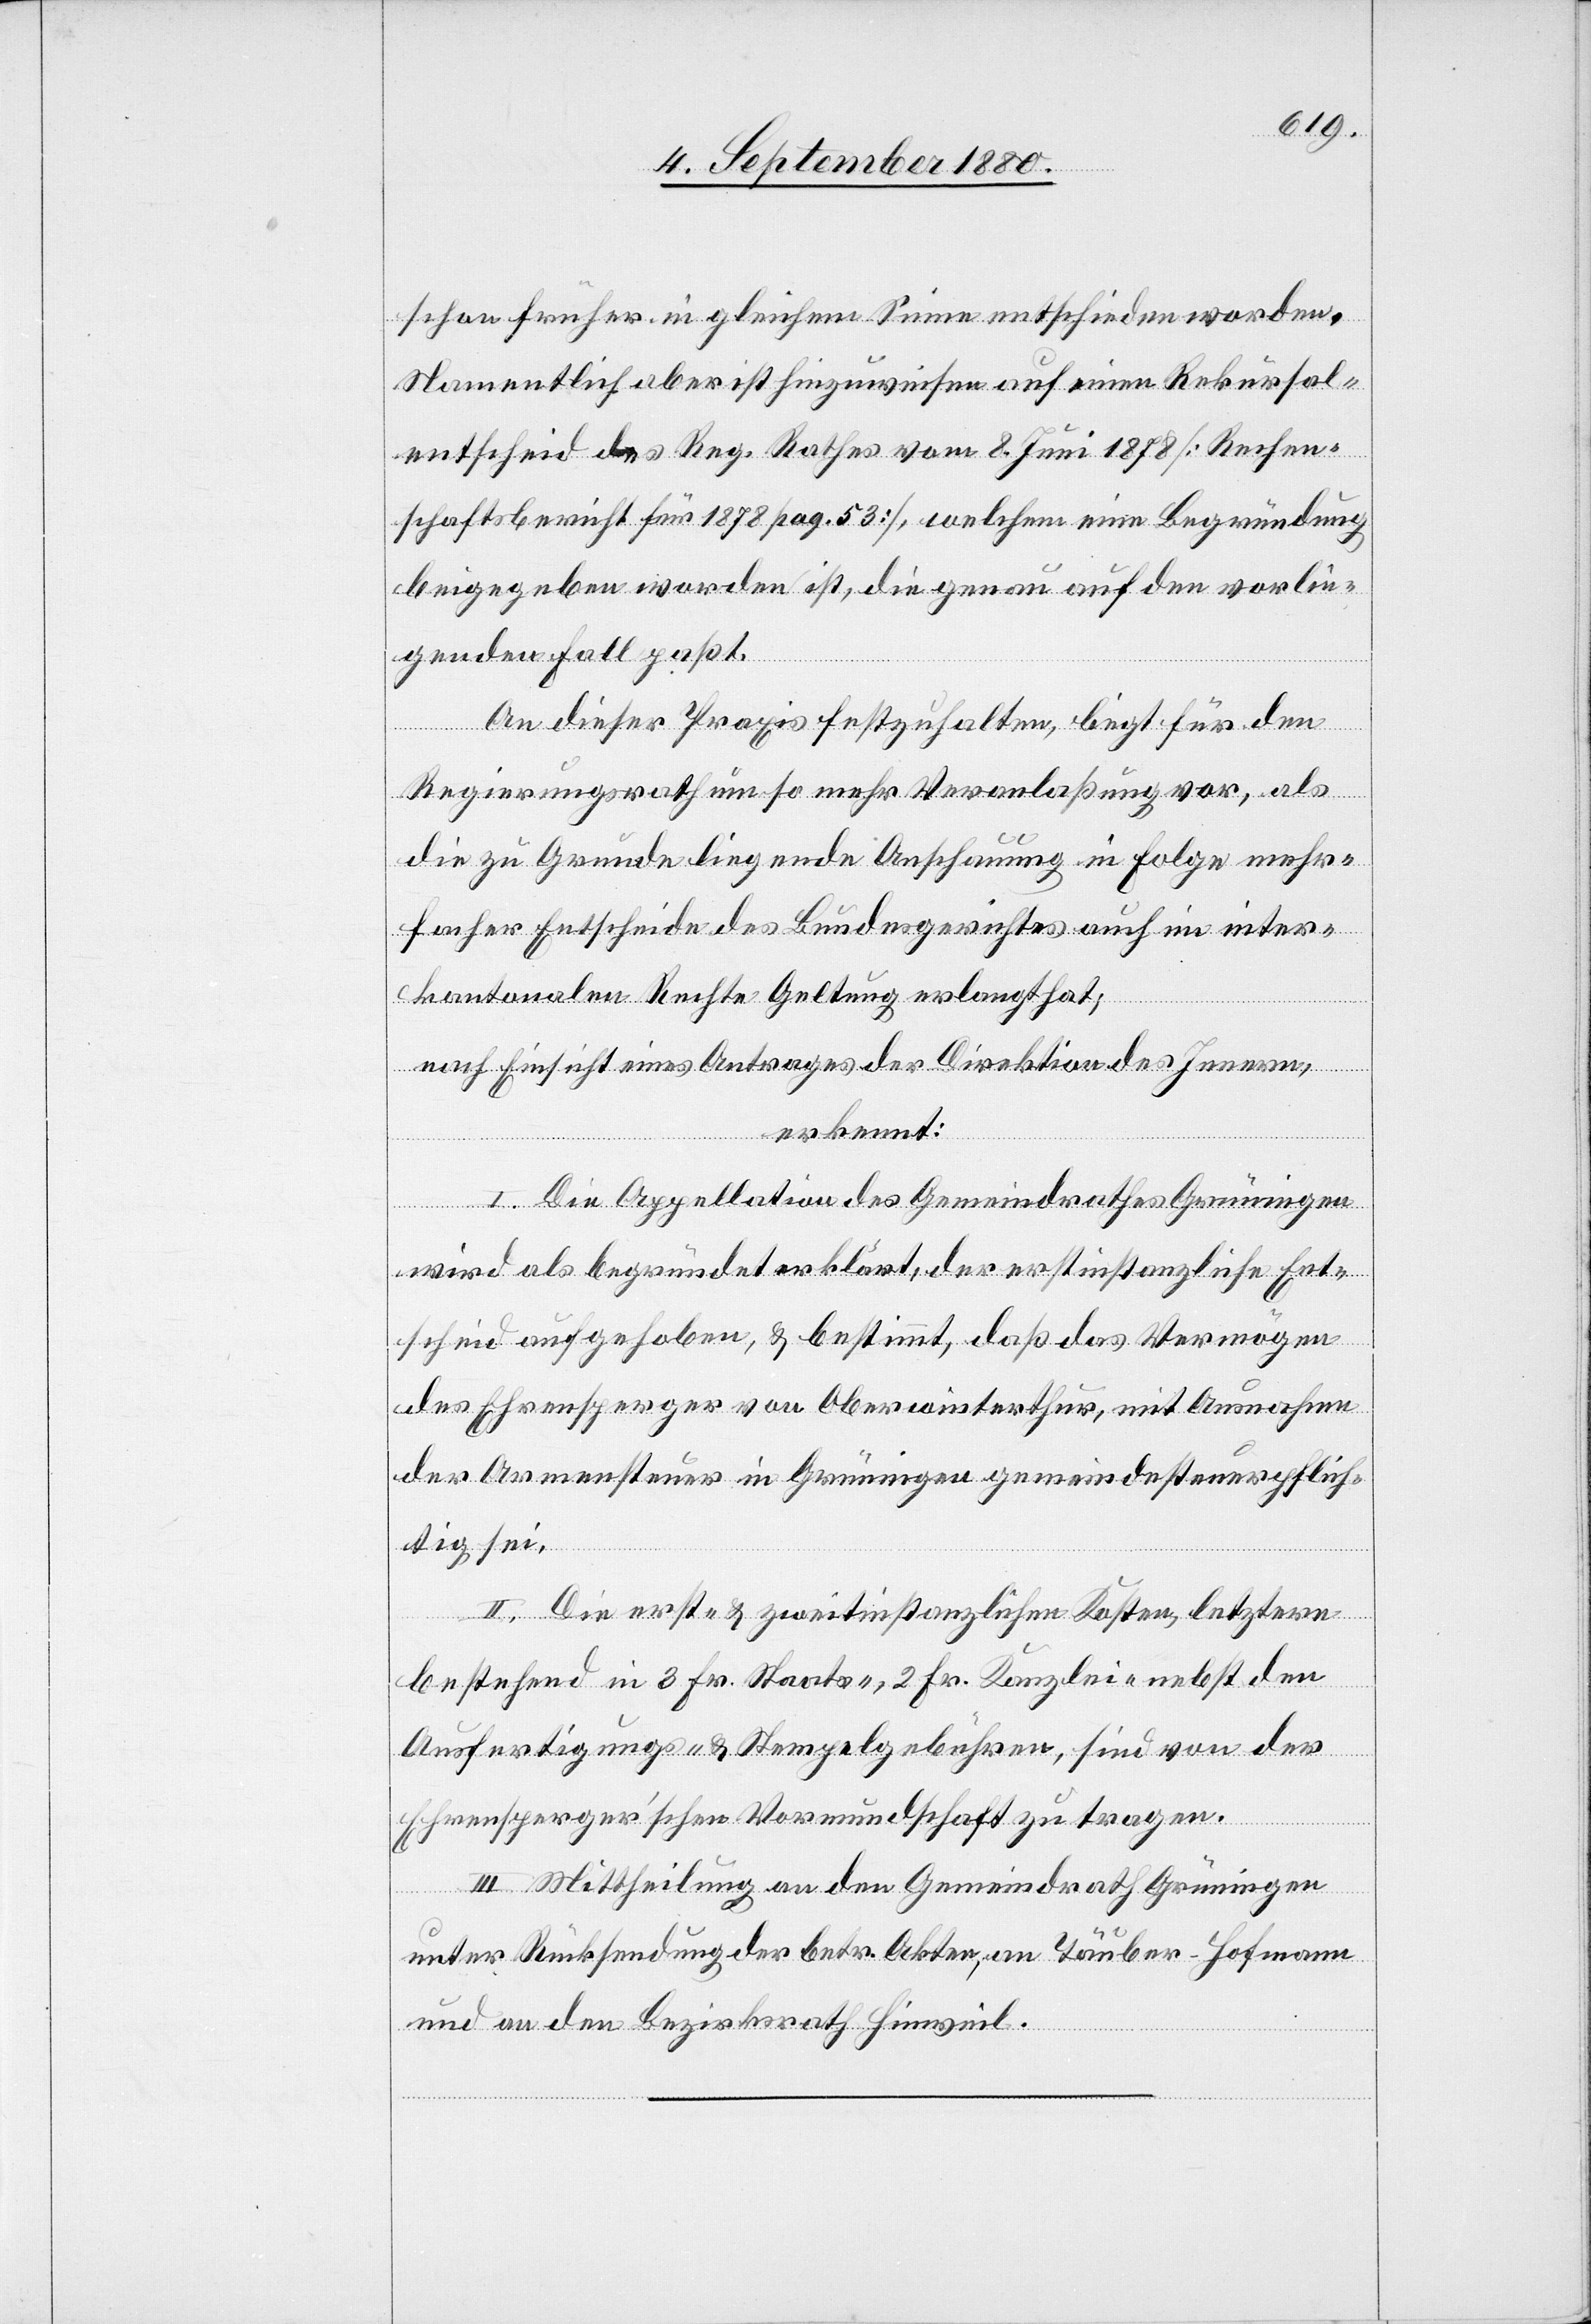
schon früher in gleichem Sinne entschieden worden.
Namentlich aber ist hinzuweisen auf einen Rekursal¬
entscheid des Reg. Rathes vom 8. Juni 1878 [Rechen¬
schaftsbericht für 1878 pag. 53], welchem eine Begründung
beigegeben worden ist, die genau auf den vorlie¬
genden Fall paßt.
An dieser Praxis festzuhalten, liegt für den
Regierungsrath um so mehr Veranlaßung vor, als
die zu Grunde liegende Anschauung in Folge mehr¬
facher Entscheide des Bundesgerichtes auch im inter¬
kantonalen Rechte Geltung erlangt hat;
nach Einsicht eines Antrages der Direktion des Innern,
erkennt:
I. Die Appellation des Gemeindrathes Grüningen
wird als begründet erklärt, der erstinstanzliche Ent¬
scheid aufgehoben, & bestimmt, daß das Vermögen
des Ehrensperger von Oberwinterthur, mit Ausnahme
der Armensteuer in Grüningen gemeindesteuerpflich¬
tig sei.
II. Die erst- & zweitinstanzlichen Kosten, letztere
bestehend in 3 Fr. Staats-, 2 Fr. Kanzlei- nebst den
Ausfertigungs- & Stempelgebühren, sind von der
Ehrensperger’schen Vormundschaft zu tragen.
III. Mittheilung an den Gemeindrath Grüningen
unter Rücksendung der betr. Akten, an Tauber-Hofmann
und an den Bezirksrath Hinweil.